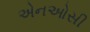
એનઓસી